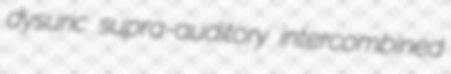
dysuric supra-auditory intercombined